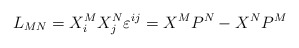
\begin{align*}L_{MN}=X_i^MX_j^N\varepsilon ^{ij}=X^MP^N-X^NP^M \end{align*}